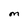
Character: M